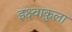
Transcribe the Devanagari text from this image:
इक्ष्वाकुला